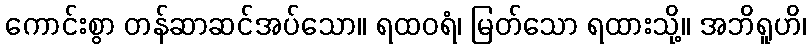
ကောင်းစွာ တန်ဆာဆင်အပ်သော။ ရထဝရံ၊ မြတ်သော ရထားသို့။ အဘိရူဟိ၊